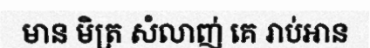
មាន មិត្រ សំលាញ់ គេ រាប់អាន